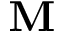
\bf M